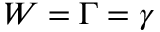
W = \Gamma = \gamma